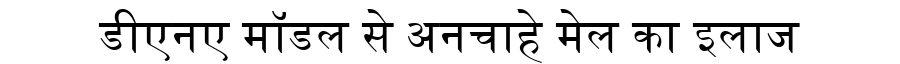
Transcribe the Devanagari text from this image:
डीएनए मॉडल से अनचाहे मेल का इलाज